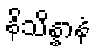
နိသိန္နာနံ